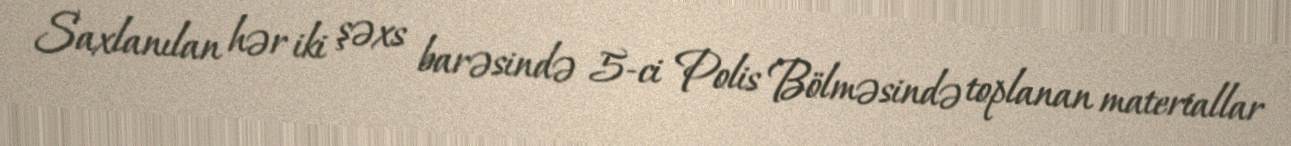
Saxlanılan hər iki şəxs barəsində 5-ci Polis Bölməsində toplanan materiallar